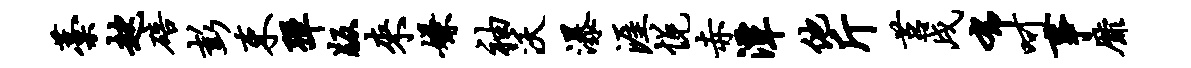
藁趑碚彭束弹版来嫌袖沃瀑涯悦赤潭他斤莒戌布呵事靡